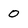
Character: 0